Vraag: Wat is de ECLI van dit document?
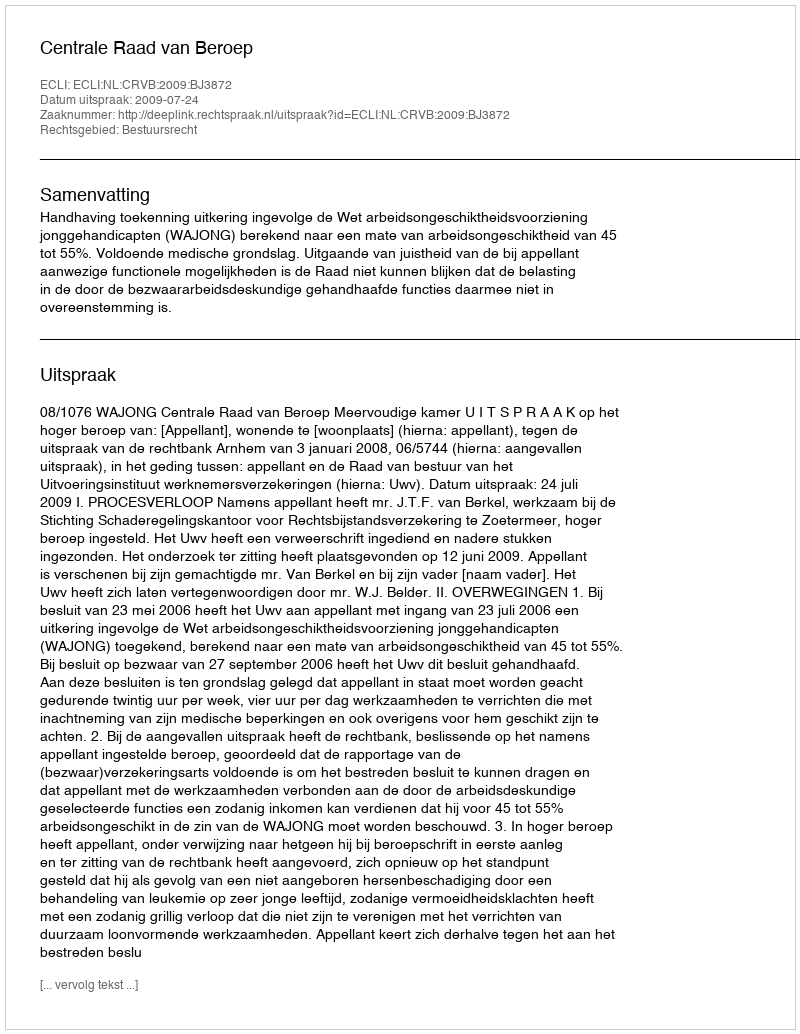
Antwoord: ECLI:NL:CRVB:2009:BJ3872